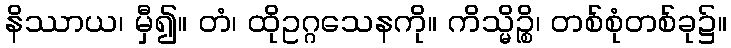
နိဿာယ၊ မှီ၍။ တံ၊ ထိုဥဂ္ဂသေနကို။ ကိသ္မိဉ္စိ၊ တစ်စုံတစ်ခု၌။